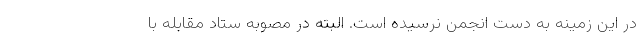
در این زمینه به دست انجمن نرسیده است. البته در مصوبه ستاد مقابله با